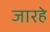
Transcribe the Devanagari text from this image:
जारहे